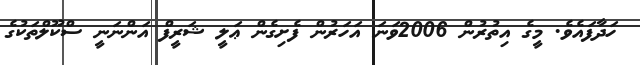
ހަދާފައެވެ. މީގެ އިތުރުން 2006ވަނަ އަހަރުން ފެށިގެން ޢަލީ ޝަރީފް އަންނަނީ ސްކޫލްތަކުގެ